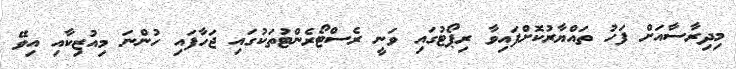
މިދިރާސާއަށް ފަހު ތައްޔާރުކޮށްފައިވާ ރިޕޯޓުގައި ވަނީ ރެސްޓޯރެންޓުތަކުގައި ޖަހާފައި ހުންނަ މިއުޒިކާއި އިވޭ